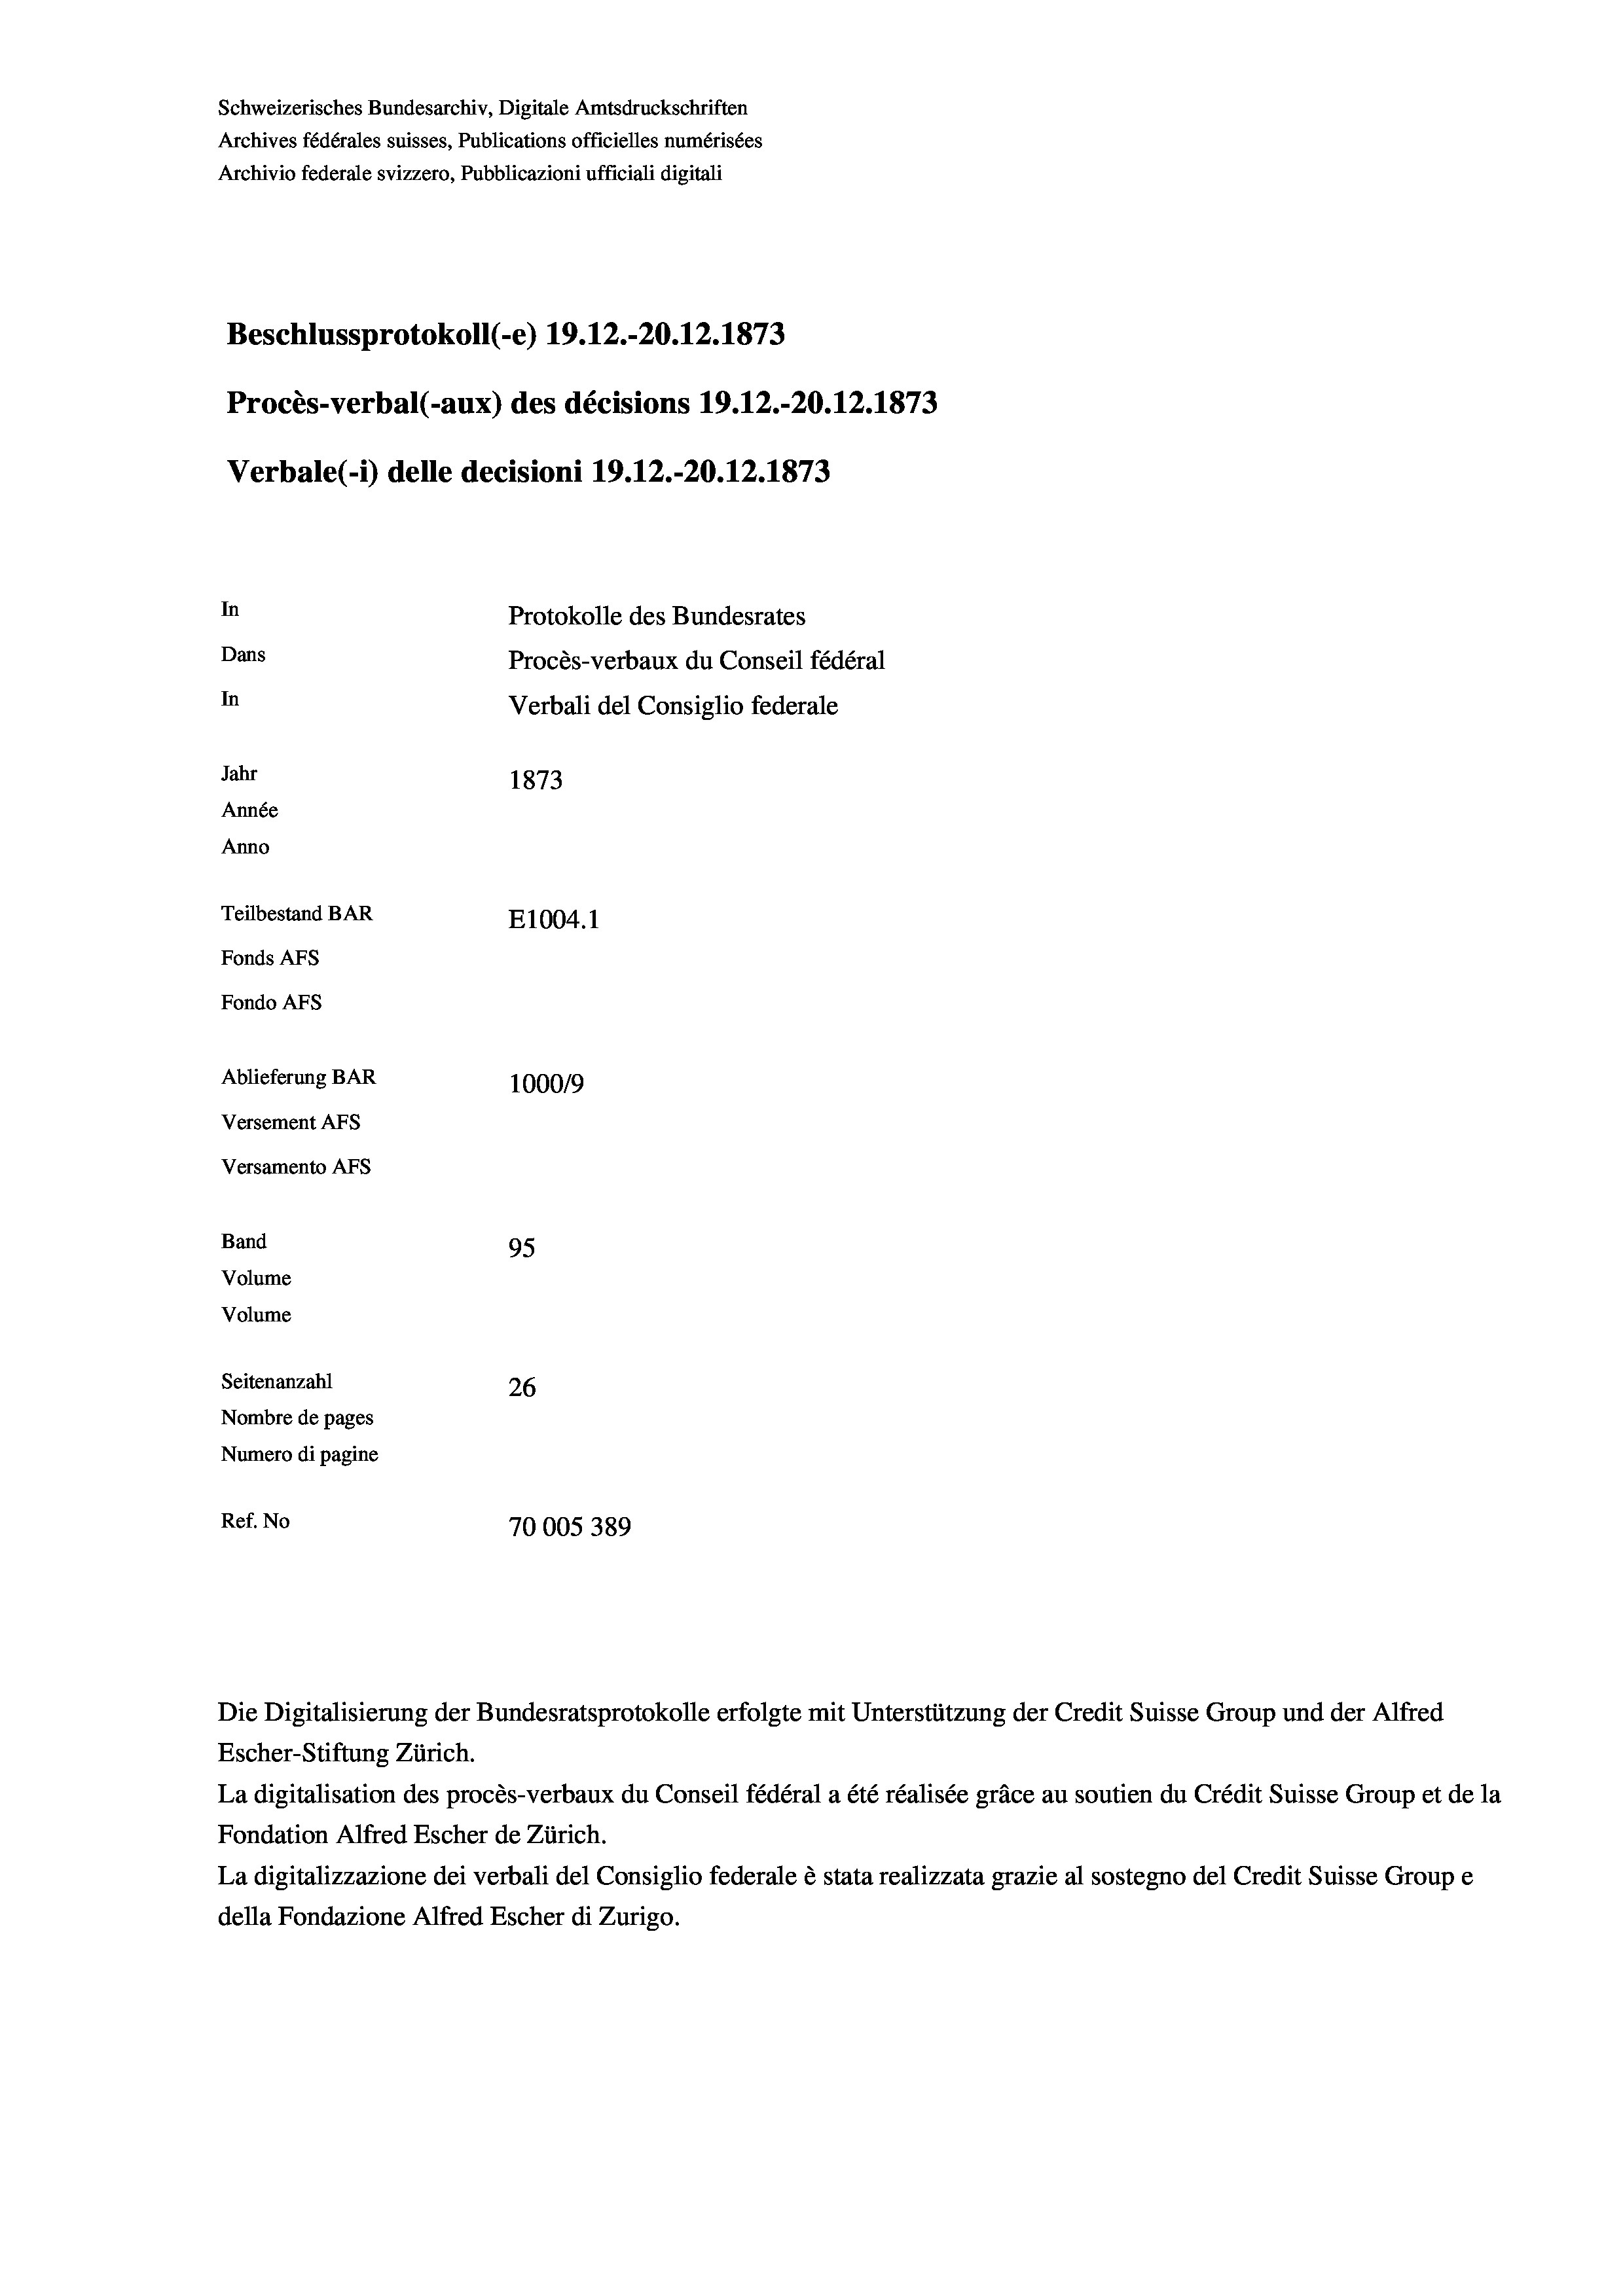
Schweizerisches Bundesarchiv, Digitale Amtsdruckschriften
Archives fédérales suisses, Publications officielles numérisées
Archivio federale svizzero, Pubblicazioni ufficiali digitali
Beschlussprotokoll (-e) 19. 12.-20.12.1873
Procès-verbal (-aux) des décisions 19.12.-20.12. 1873
Verbale(*) delle decisioni 19.12.-20. 12. 1873
In
Protokolle des Bundesrates
Dans
Procès-verbaux du Conseil fédéral
In
Verbali del Consiglio federale
Jahr
1873
Année
Anno
Teilbestand BAR
E1004. 1
Fonds AFs
Fondo AFs
Ablieferung BAR
100019
Versement AFs
Versamento AFs

95
Seitenanzahl
26
Nombre de pages
Numero di pagine
Ref. No
70005389

Band
Volume

Volume

Escher-Stiftung Zürich.
La digitalisation des procès-verbaux du Conseil fédéral a été réalisée gräce au soutien du Crédit Suisse Group et de la
Fondation Alfred Escher de Zürich.
La digitalizzazione dei verbali del Consiglio federale è stata realizzata grazie al sostegno del Credit Suisse Groupe
della Fondazione Alfred Escher di Zurigo.

Die Digitalisierung der Bundesratsprotokolle erfolgte mit Unterstützung der Credit Suisse Group und der Alfred